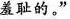
羞耻的。”